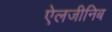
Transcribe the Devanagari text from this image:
ऐलजीनिब